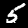
Label: 5